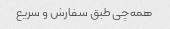
همه‌چی طبق سفارش و سریع